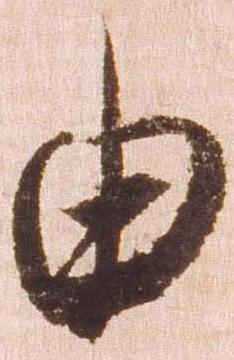
由